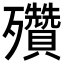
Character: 𣪁